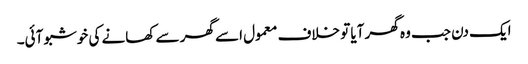
ایک دن جب وہ گھر آیا تو خلاف معمول اسے گھر سے کھانے کی خوشبو آئی۔